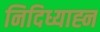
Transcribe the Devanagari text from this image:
निदिध्याह्न